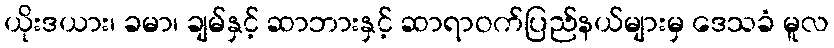
ယိုးဒယား၊ ခမာ၊ ချမ်နှင့် ဆာဘားနှင့် ဆာရာဝက်ပြည်နယ်များမှ ဒေသခံ မူလ